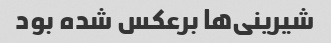
شیرینی‌ها برعکس شده بود